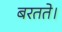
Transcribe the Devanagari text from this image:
बरतते।